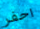
احفر